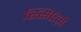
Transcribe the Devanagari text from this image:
स्सिएंज़े